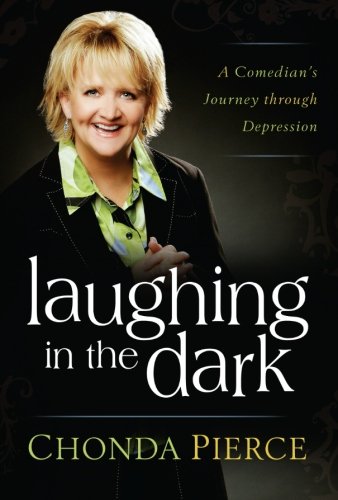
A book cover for Laughing in the Dark: A Comedian's Journey through Depression; Chonda Pierce; Humor & Entertainment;